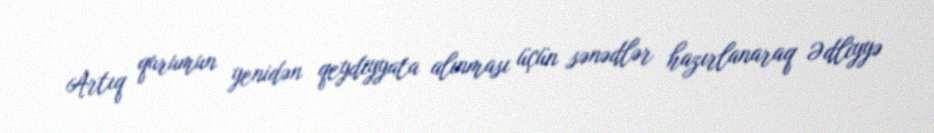
Artıq qurumun yenidən qeydiyyata alınması üçün sənədlər hazırlanaraq Ədliyyə